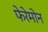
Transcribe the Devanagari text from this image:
फेरेमोन